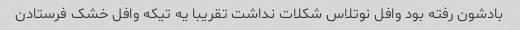
بادشون رفته بود وافل نوتلاس شکلات نداشت تقریبا یه تیکه وافل خشک فرستادن